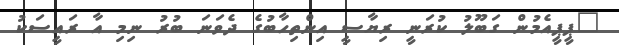
"ޕީޕީއެމުން ގަބޫލު ކުރަނީ ރިޔާސީ އިންތިހާބުގެ ދެވަނަ ބުރު ނިމި އާ ރައީސަކު